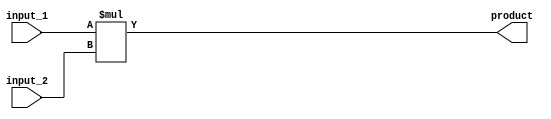
module multiplier (
    input wire [15:0] input_1,
    input wire [15:0] input_2,
    output reg [31:0] product
);

always @* begin
    product = input_1 * input_2;
end

endmodule